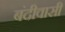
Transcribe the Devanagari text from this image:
बंदीवासी